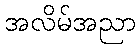
အလိမ်အညာ